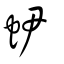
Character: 𧉅